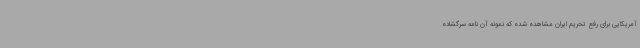
آمریکایی برای رفع تحریم ایران مشاهده شده که نمونه آن نامه سرگشاده